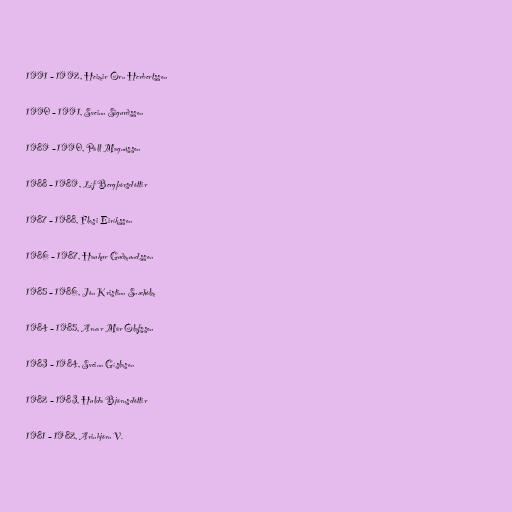
1991 – 1992, Heimir Örn Herbertsson

1990 – 1991, Sveinn Sigurðsson

1989 – 1990, Páll Magnússon

1988 – 1989, Líf Bergþórsdóttir

1987 – 1988, Flosi Eiríksson

1986 – 1987, Haukur Guðmundsson

1985 – 1986, Jón Kristinn Snæhólm

1984 – 1985, Arnar Már Ólafsson

1983 – 1984, Sveinn Gíslason

1982 – 1983, Hulda Björnsdóttir

1981 – 1982, Arinbjörn V.